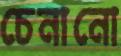
চেনানো